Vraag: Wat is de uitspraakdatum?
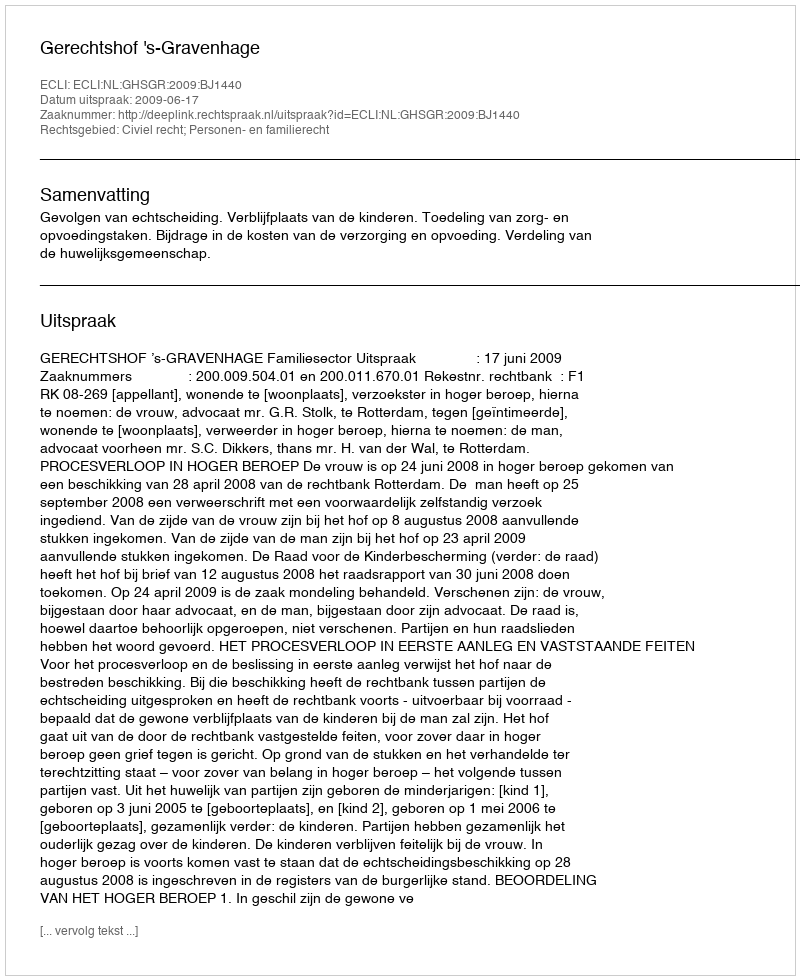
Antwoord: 2009-06-17